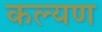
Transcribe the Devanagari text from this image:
कल्यण